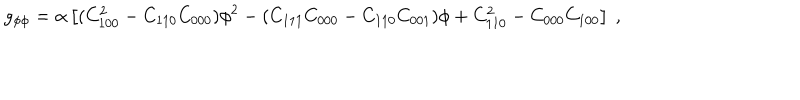
LaTeX: g _ { \phi \phi } = \alpha \left[ ( C _ { 1 0 0 } ^ { 2 } - C _ { 1 1 0 } C _ { 0 0 0 } ) \phi ^ { 2 } - ( C _ { 1 1 1 } C _ { 0 0 0 } - C _ { 1 1 0 } C _ { 0 0 1 } ) \phi + C _ { 1 1 0 } ^ { 2 } - C _ { 0 0 0 } C _ { 1 0 0 } \right] \ ,